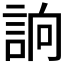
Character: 𧧦